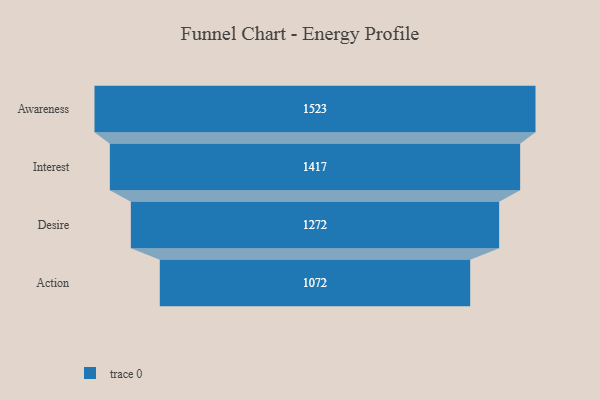
{"axis": {"x": "Stage", "y": "Value"}, "legend": [""], "data": [{"x": "Awareness", "y": 1523.0, "type": ""}, {"x": "Interest", "y": 1417.0, "type": ""}, {"x": "Desire", "y": 1272.0, "type": ""}, {"x": "Action", "y": 1072.0, "type": ""}]}